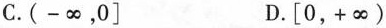
C.(-∞，0] D.[0，+∞)